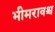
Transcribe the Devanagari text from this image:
भीमरावश्च